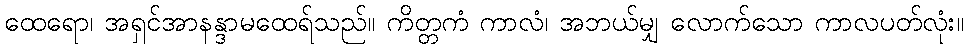
ထေရော၊ အရှင်အာနန္ဒာမထေရ်သည်။ ကိတ္တကံ ကာလံ၊ အဘယ်မျှ လောက်သော ကာလပတ်လုံး။